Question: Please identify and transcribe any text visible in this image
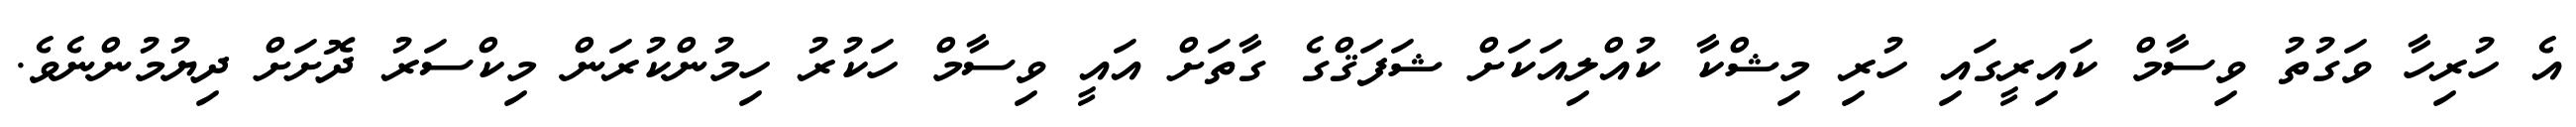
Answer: އެ ހުރިހާ ވަގުތު ވިސާމް ކައިރީގައި ހުރި މިޝްކާ ކުއްލިއަކަށް ޝަފަޤްގެ ގާތަށް އައީ ވިސާމް ހަކުރު ހިމުންކުރަން މިކްސަރު ދޮށަށް ދިޔުމުންނެވެ.